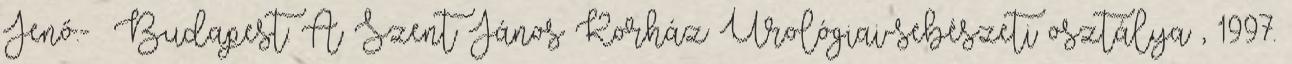
Jenő.- Budapest: A Szent János Korház Urológiai-sebészeti osztálya , 1997.